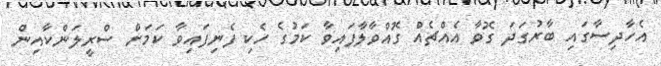
އެހާދިސާގައި ބާރުގަދަ ގޮވާ އެއްޗެއް ގޮއްވާލާފައިވާ ކަމުގެ ހެކި ފެނިފައިވާ ކަމަށް ސްރީލަންކާއިން